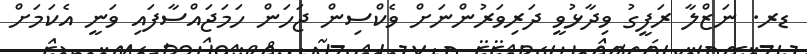
ޑރ. ނަޒްލާ ރަފީގު ވިދާޅުވީ ދަރިވަރުންނަށް ވެކްސިން ޖަހަން ހަމަޖައްސާފައި ވަނީ އެކަމަށް